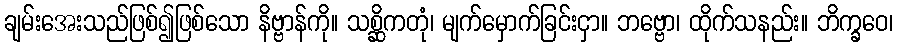
ချမ်းအေးသည်ဖြစ်၍ဖြစ်သော နိဗ္ဗာန်ကို။ သစ္ဆိကတုံ၊ မျက်မှောက်ခြင်းငှာ။ ဘဗ္ဗော၊ ထိုက်သနည်း။ ဘိက္ခဝေ၊